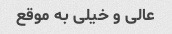
عالی و خیلی به موقع